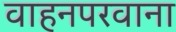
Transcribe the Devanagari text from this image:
वाहनपरवाना